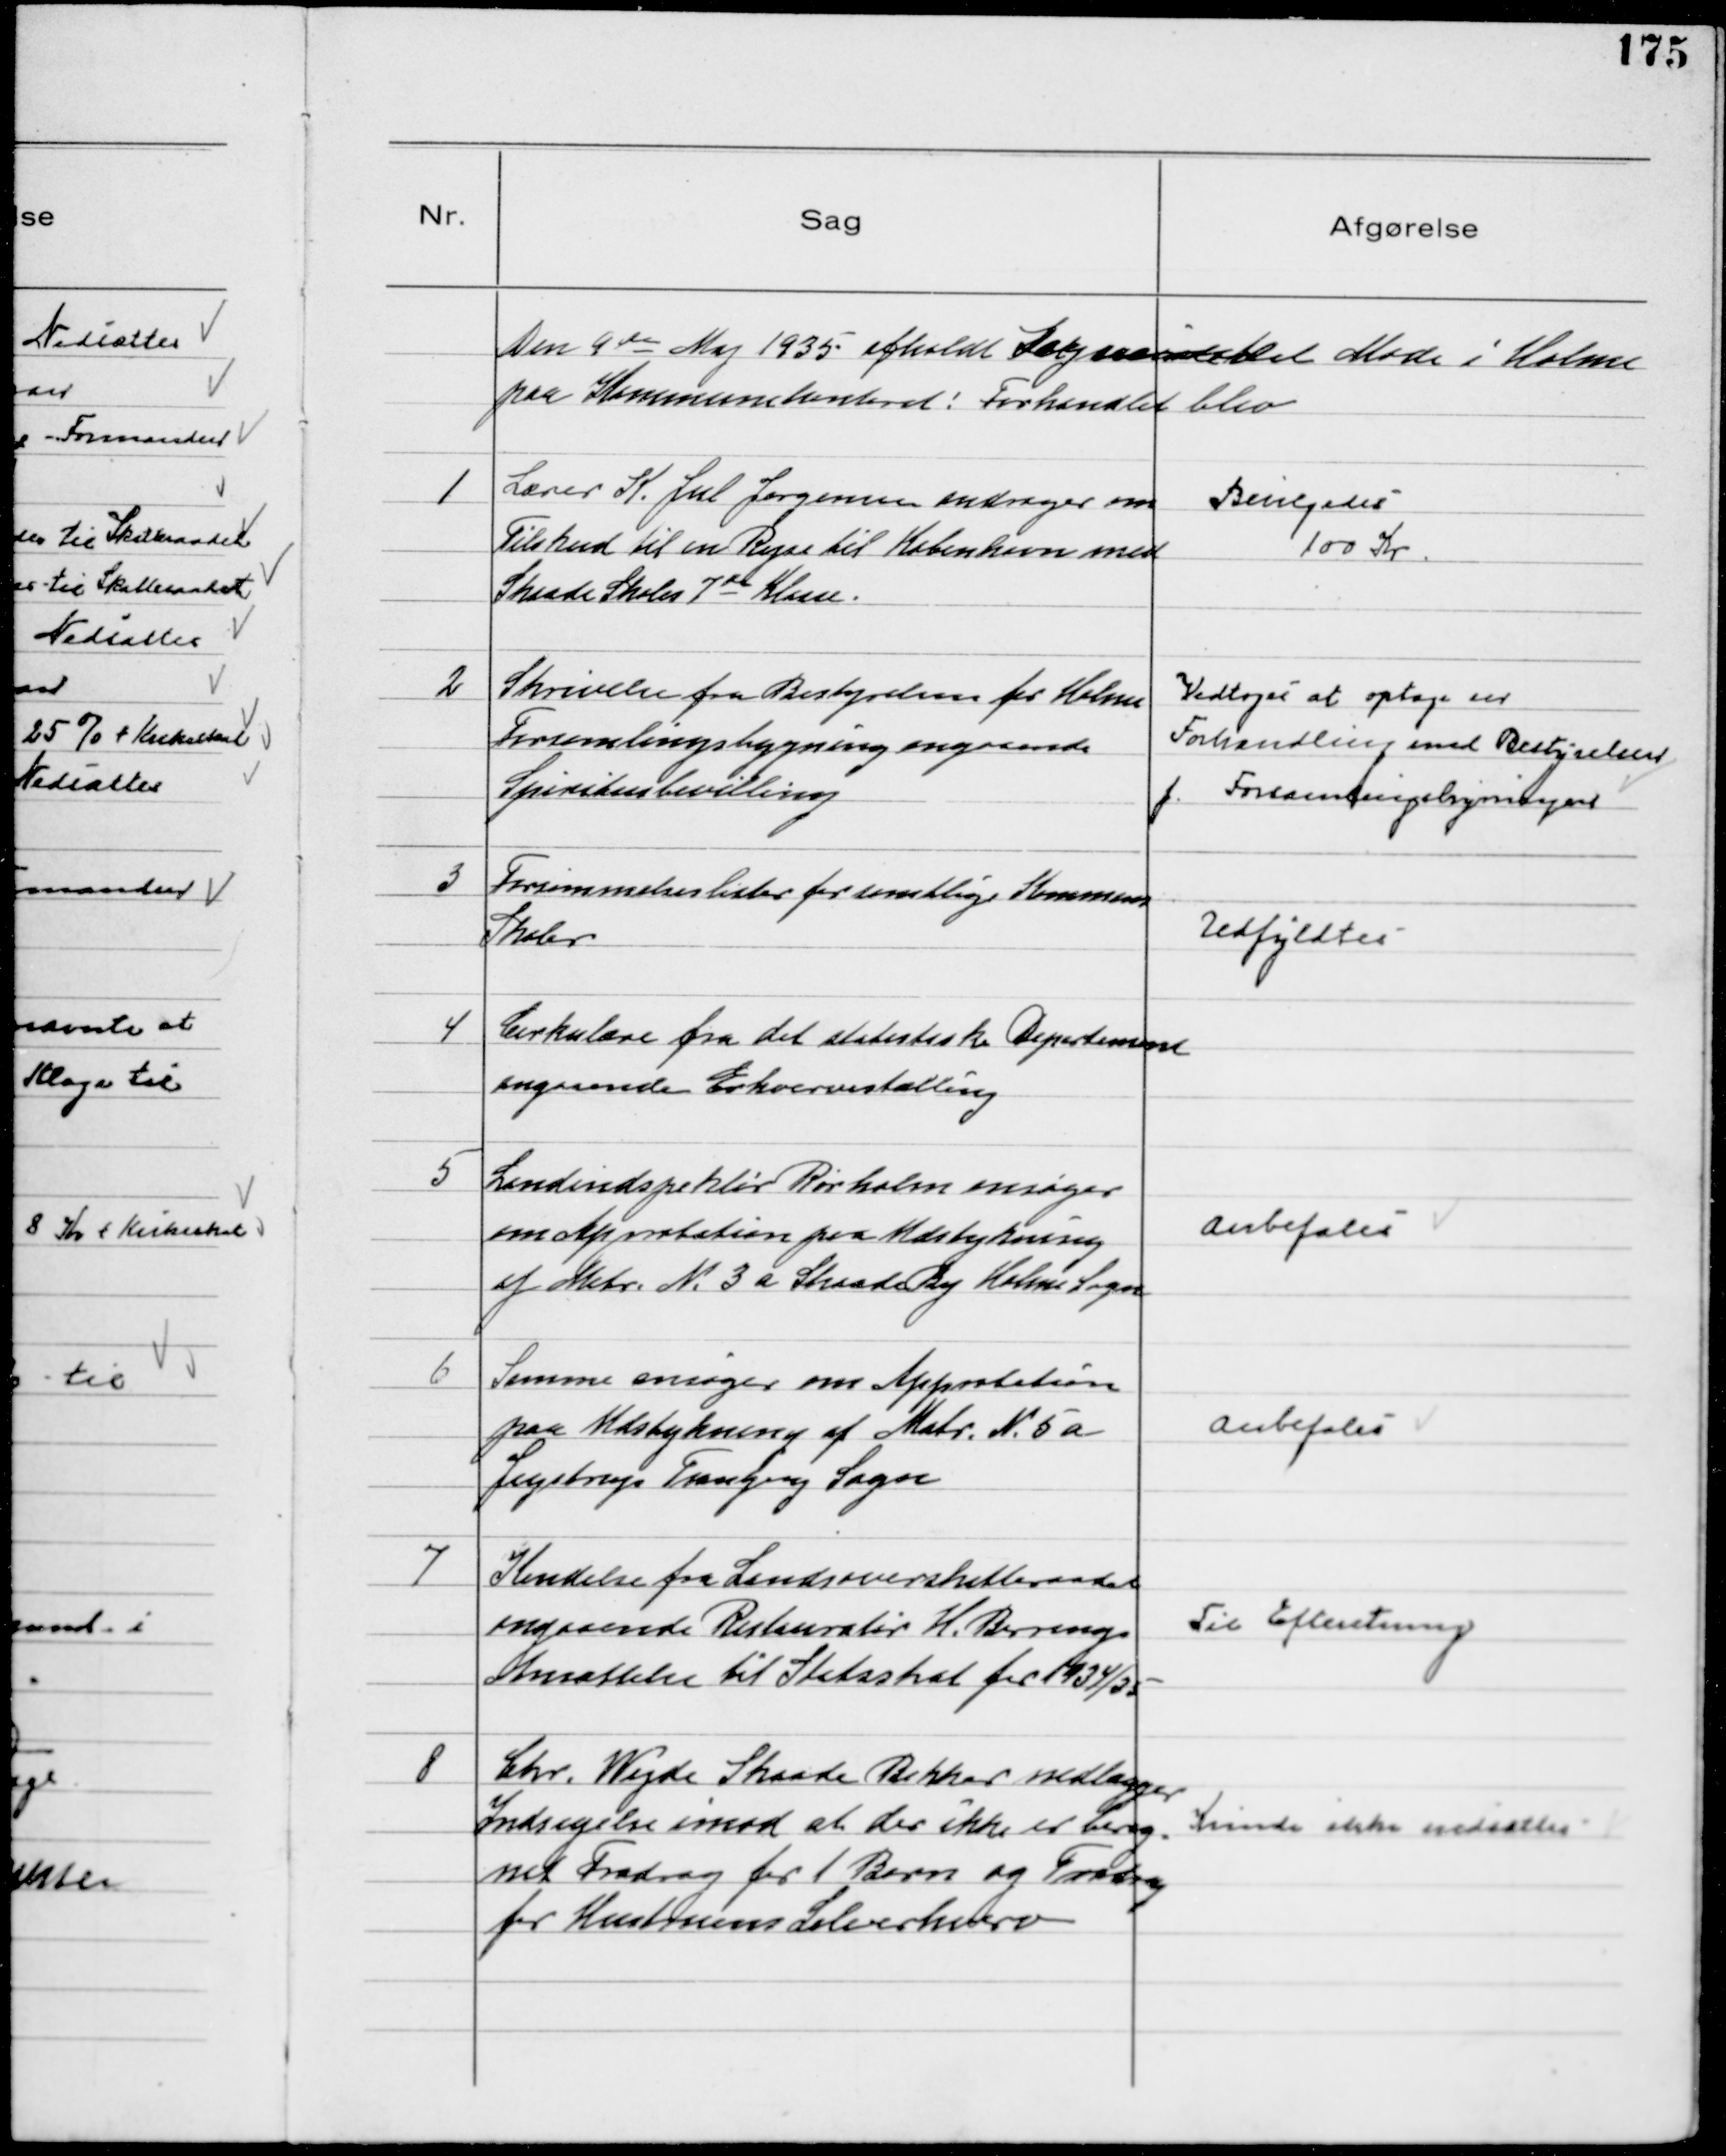
Transskription:
Den 9de Maj 1935 afholdt Sogneraadet Møde i Holme
paa Kommunekontoret! Forhandlet blev

1
Lærer K. Jul Jørgensen andrager om
Tilskud til en Rejse til København med
Skaade Skoles 7de Klasse.

Bevilgedes
100 Kr

2
Skrivelse fra Bestyrelsen for Holme
Forsamlingsbygning angaaende
Spiritusbevilling

Vedtoges at optage en
Forhandling med Bestyrelsen
f. Forsamlingsbygningen

3
Forsømmelseslister for samtlige Kommunens
Skoler

Udfyldtes

4
Cirkulære fra det statistiske Departement
angaaende Erhvervstælling

5
Landindspektør Rørholm ansøger
om Approbation paa Udstykning
af Matr. № 3 a Skaade By Holme Sogn

Anbefales

6
Samme ansøger om Approbation
paa Udstykning af Matr. № 5 a
Jegstrup Tranbjerg Sogn

Anbefales

7
Kendelse fra Landsoverskatteraadet
angaaende Restauratør H. Berrings
Ansættelse til Statsskat for 1934/35

Til Efteretning

8
Chr. Wejde Skaade Bakker nedlægger
Indsigelse imod at der ikke er bereg=
net Fradrag for 1 Barn og Fradrag
for Hustruens Selverhverv

Kunde ikke nedsættes